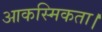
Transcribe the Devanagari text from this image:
आकस्मिकता।